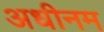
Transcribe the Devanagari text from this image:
अधीनम